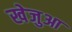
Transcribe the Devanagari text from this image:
खेजुआ